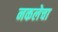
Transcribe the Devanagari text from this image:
नकलेचा